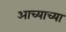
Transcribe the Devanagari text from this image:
आच्याच्या